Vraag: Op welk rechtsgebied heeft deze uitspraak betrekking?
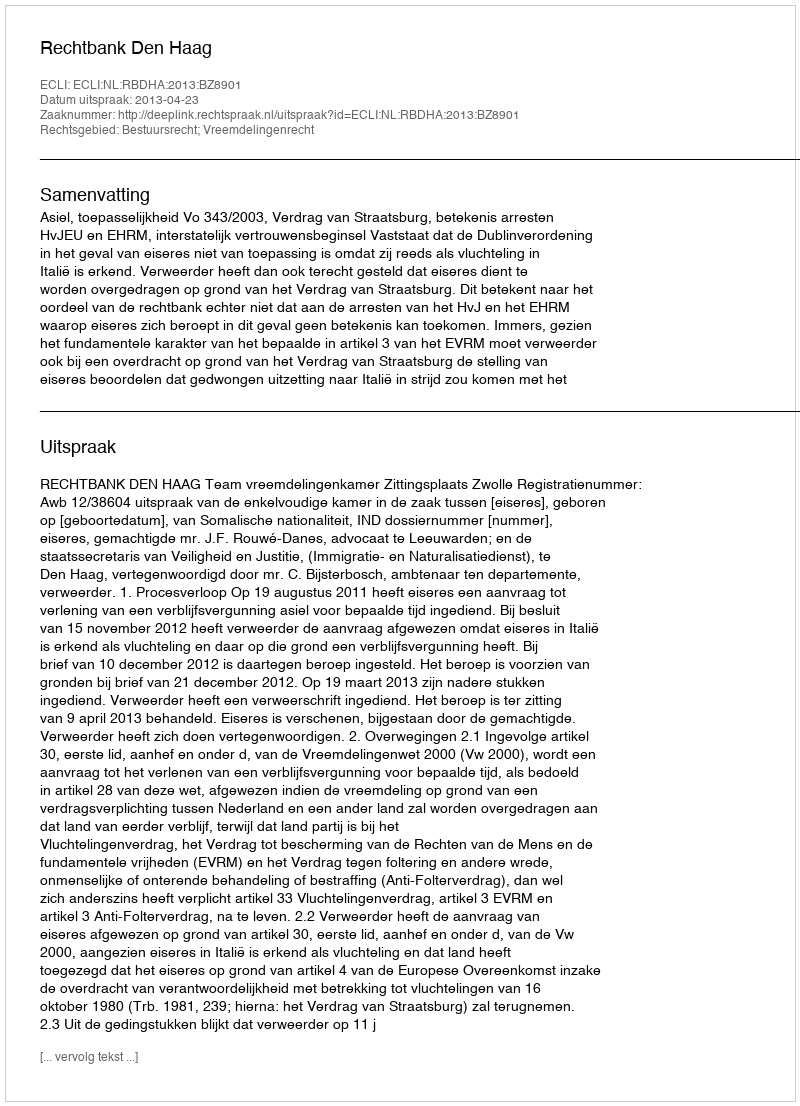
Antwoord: Bestuursrecht; Vreemdelingenrecht